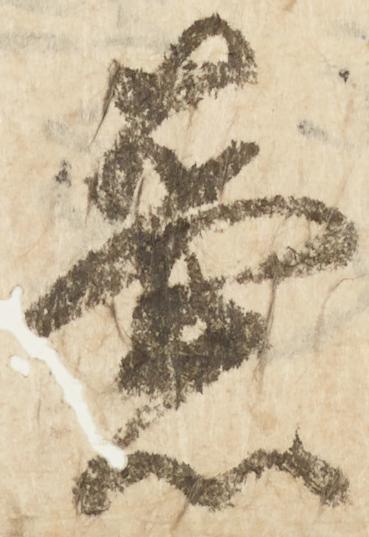
壺